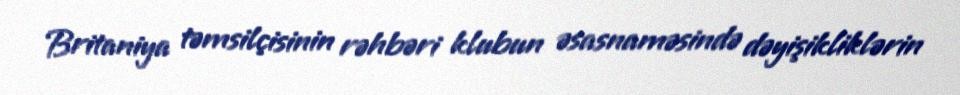
Britaniya təmsilçisinin rəhbəri klubun əsasnaməsində dəyişikliklərin